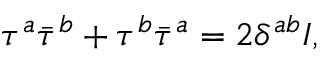
\tau ^ { a } \bar { \tau } ^ { b } + \tau ^ { b } \bar { \tau } ^ { a } = 2 \delta ^ { a b } I ,